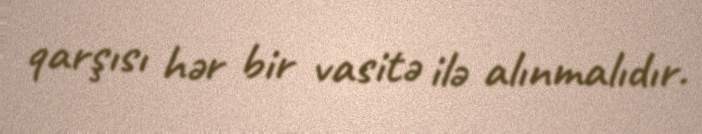
qarşısı hər bir vasitə ilə alınmalıdır.